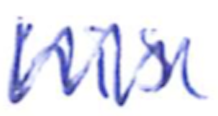
Text: his
Cross-out: zig-zag
Writing tool: ballpoint